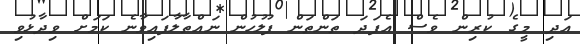
އަދި މީގެ ކުރިން ވެސް އެފަދަ ތަންތަން ފުލުހުން ނައްތާލާފައިވާނެ ކަމަށް ވިދާޅުވި